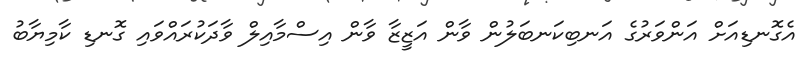
އެގޮނޑިއަށް އަންވަރުގެ އަނބިކަނބަލުން ވާން އަޒީޒާ ވާން އިސްމާއިލް ވާދަކުރައްވައި ގޮނޑި ކާމިޔާބު